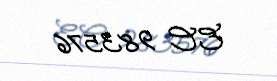
EC 983576